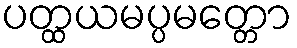
ပတ္ထယမပ္ပမတ္တော